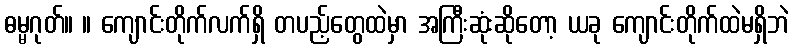
ဓမ္မဂုတ်။ ။ ကျောင်းတိုက်လက်ရှိ တပည့်တွေထဲမှာ အကြီးဆုံးဆိုတော့ ယခု ကျောင်းတိုက်ထဲမရှိဘဲ